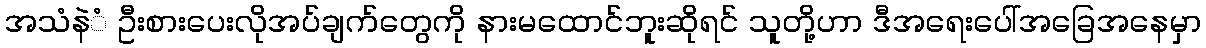
အသံနဲံ ဦးစားပေးလိုအပ်ချက်တွေကို နားမထောင်ဘူးဆိုရင် သူတို့ဟာ ဒီအရေးပေါ်အခြေအနေမှာ